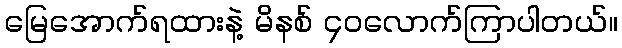
မြေအောက်ရထားနဲ့ မိနစ် ၄၀လောက်ကြာပါတယ်။